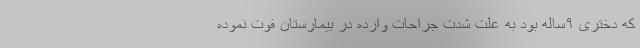
که دختری ۹ساله بود به علت شدت جراحات وارده در بیمارستان فوت نموده